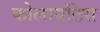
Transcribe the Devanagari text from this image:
कोलायटिस